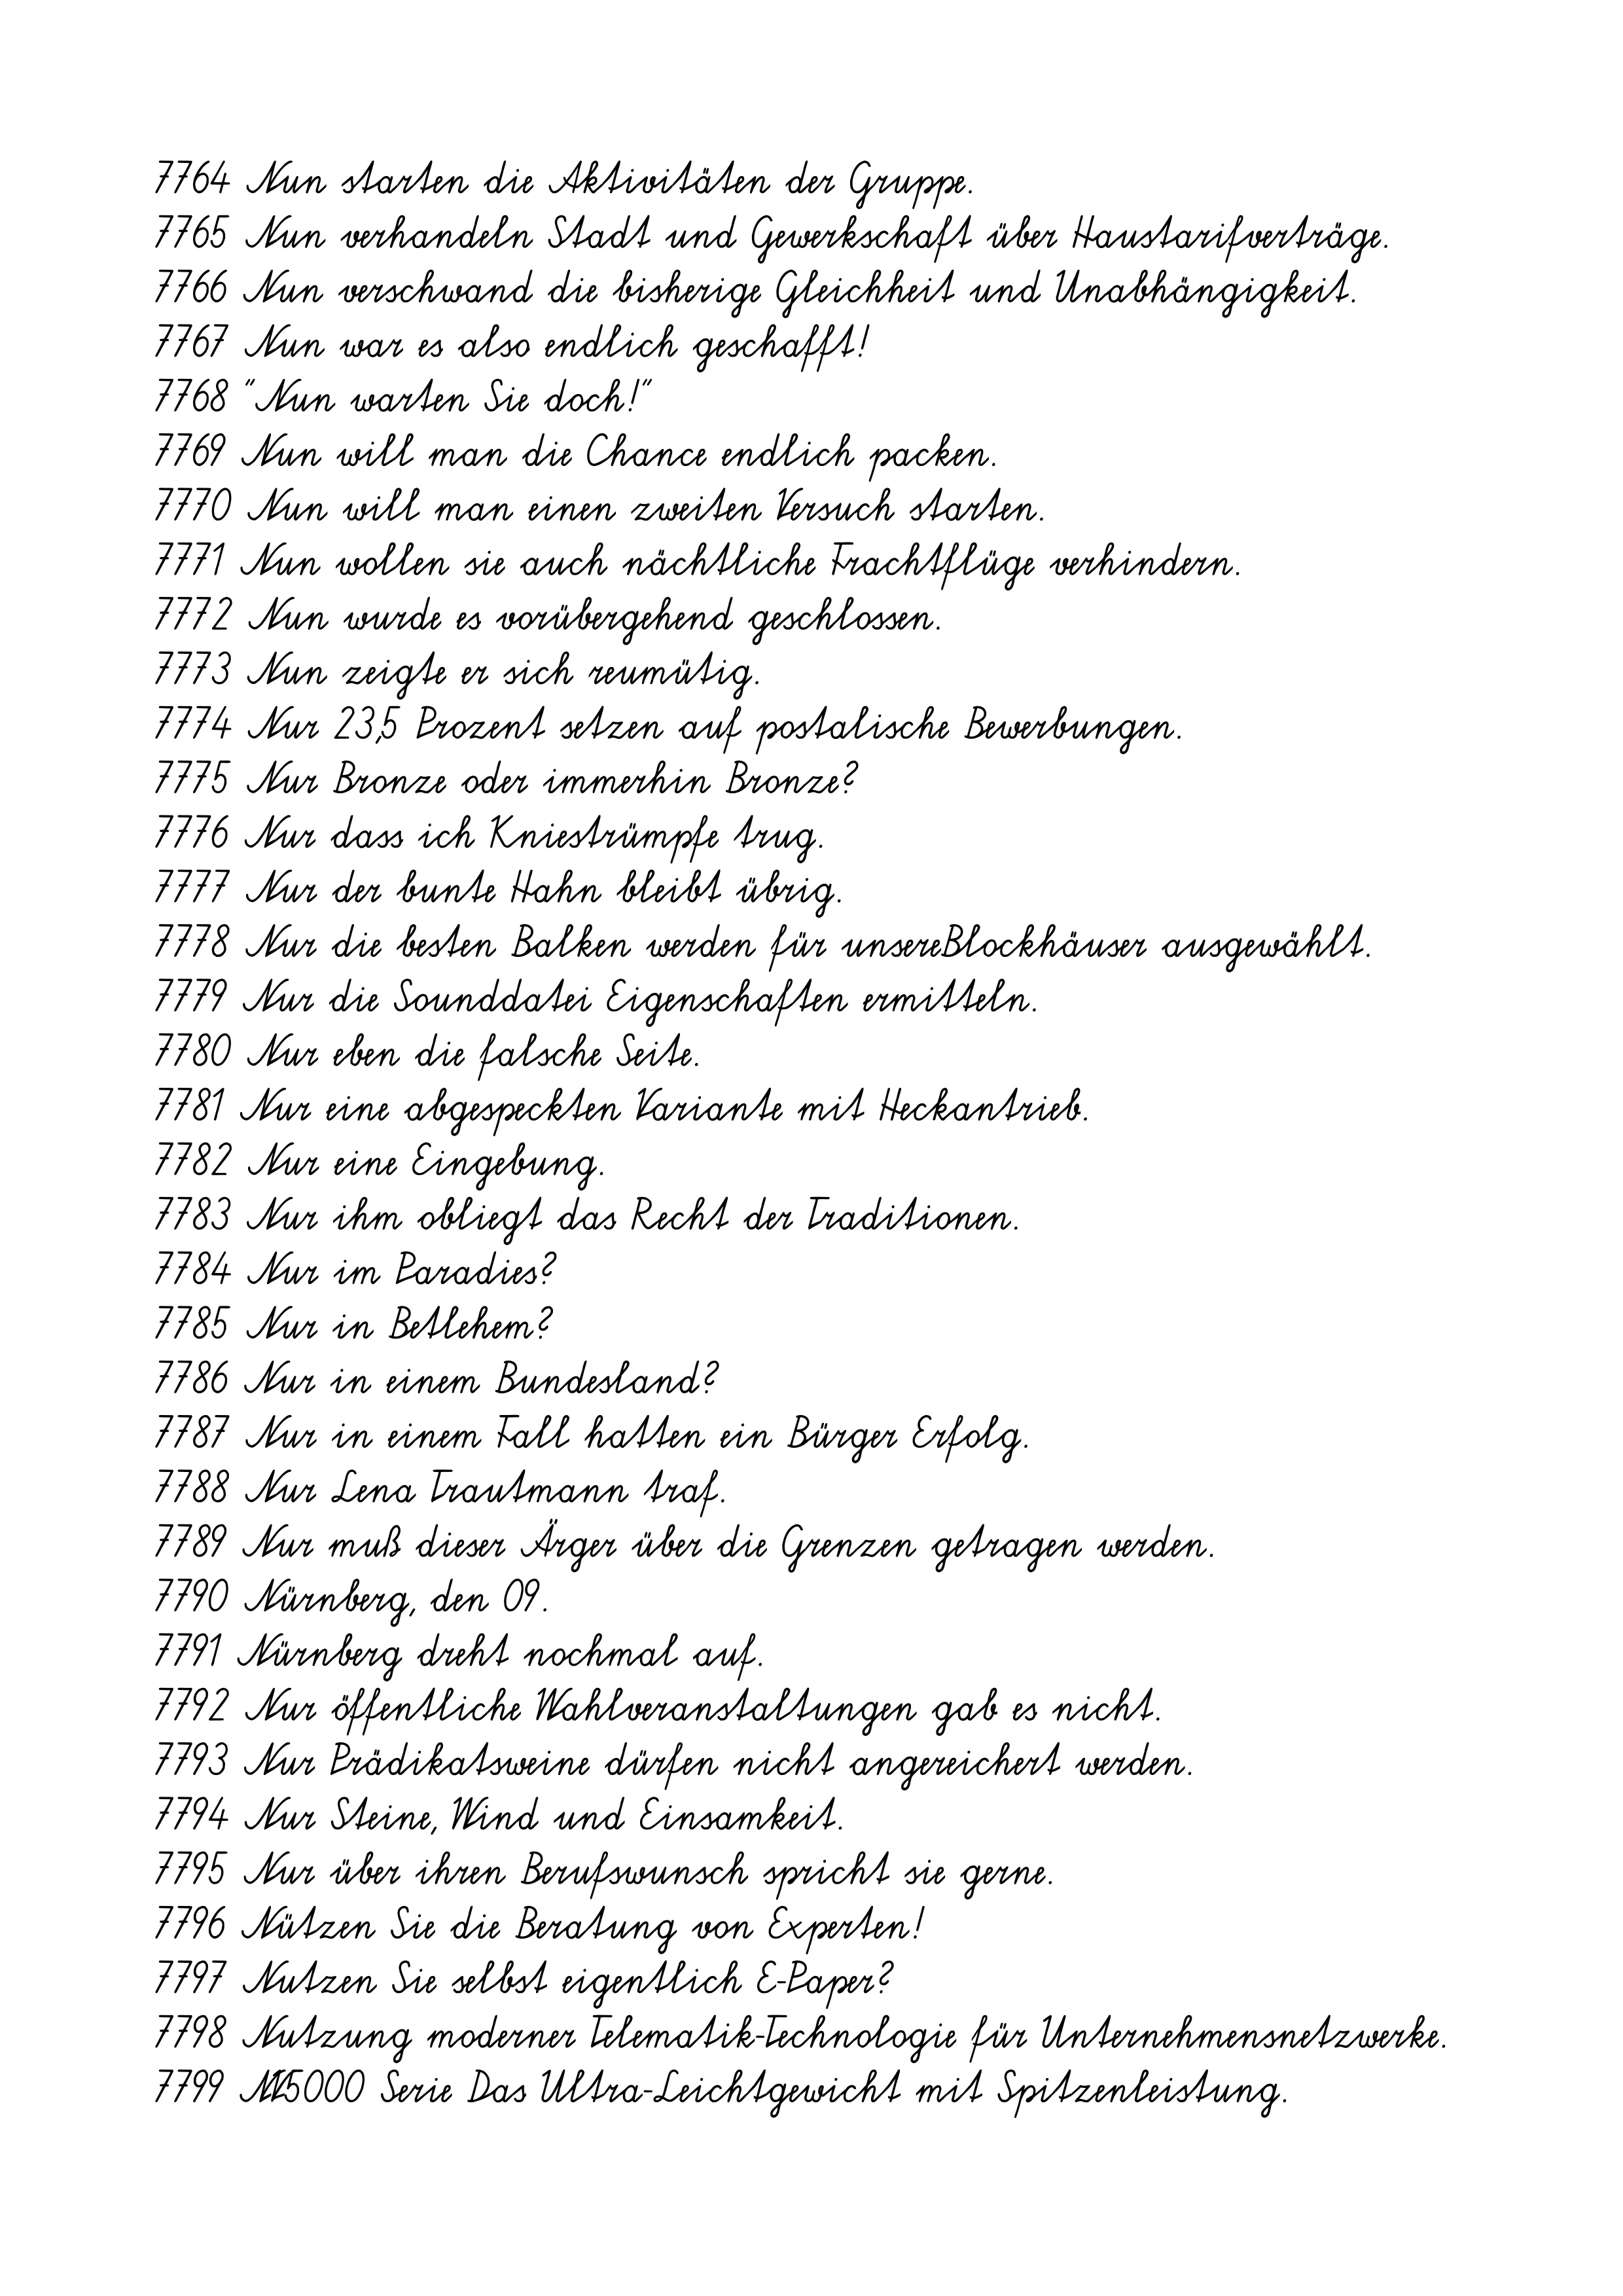
7764 Nun starten die Aktivitäten der Gruppe.
7765 Nun verhandeln Stadt und Gewerkschaft über Haustarifverträge.
7766 Nun verschwand die bisherige Gleichheit und Unabhängigkeit.
7767 Nun war es also endlich geschafft!
7768 "Nun warten Sie doch!"
7769 Nun will man die Chance endlich packen.
7770 Nun will man einen zweiten Versuch starten.
7771 Nun wollen sie auch nächtliche Frachtflüge verhindern.
7772 Nun wurde es vorübergehend geschlossen.
7773 Nun zeigte er sich reumütig.
7774 Nur 23,5 Prozent setzen auf postalische Bewerbungen.
7775 Nur Bronze oder immerhin Bronze?
7776 Nur dass ich Kniestrümpfe trug.
7777 Nur der bunte Hahn bleibt übrig.
7778 Nur die besten Balken werden für unsereBlockhäuser ausgewählt.
7779 Nur die Sounddatei Eigenschaften ermitteln.
7780 Nur eben die falsche Seite.
7781 Nur eine abgespeckten Variante mit Heckantrieb.
7782 Nur eine Eingebung.
7783 Nur ihm obliegt das Recht der Traditionen.
7784 Nur im Paradies?
7785 Nur in Betlehem?
7786 Nur in einem Bundesland?
7787 Nur in einem Fall hatten ein Bürger Erfolg.
7788 Nur Lena Trautmann traf.
7789 Nur muß dieser Ärger über die Grenzen getragen werden.
7790 Nürnberg, den 09.
7791 Nürnberg dreht nochmal auf.
7792 Nur öffentliche Wahlveranstaltungen gab es nicht.
7793 Nur Prädikatsweine dürfen nicht angereichert werden.
7794 Nur Steine, Wind und Einsamkeit.
7795 Nur über ihren Berufswunsch spricht sie gerne.
7796 Nützen Sie die Beratung von Experten!
7797 Nutzen Sie selbst eigentlich E-Paper?
7798 Nutzung moderner Telematik-Technologie für Unternehmensnetzwerke.
7799 NV5000 Serie Das Ultra-Leichtgewicht mit Spitzenleistung.